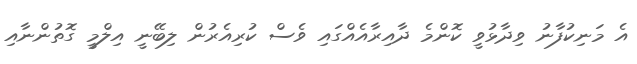
އެ މަނިކުފާނު ވިދާޅުވީ ކޮންމެ ދާއިރާއެއްގައި ވެސް ކުރިއެރުން ލިބޭނީ އިލްމީ ގޮތުންނާއި